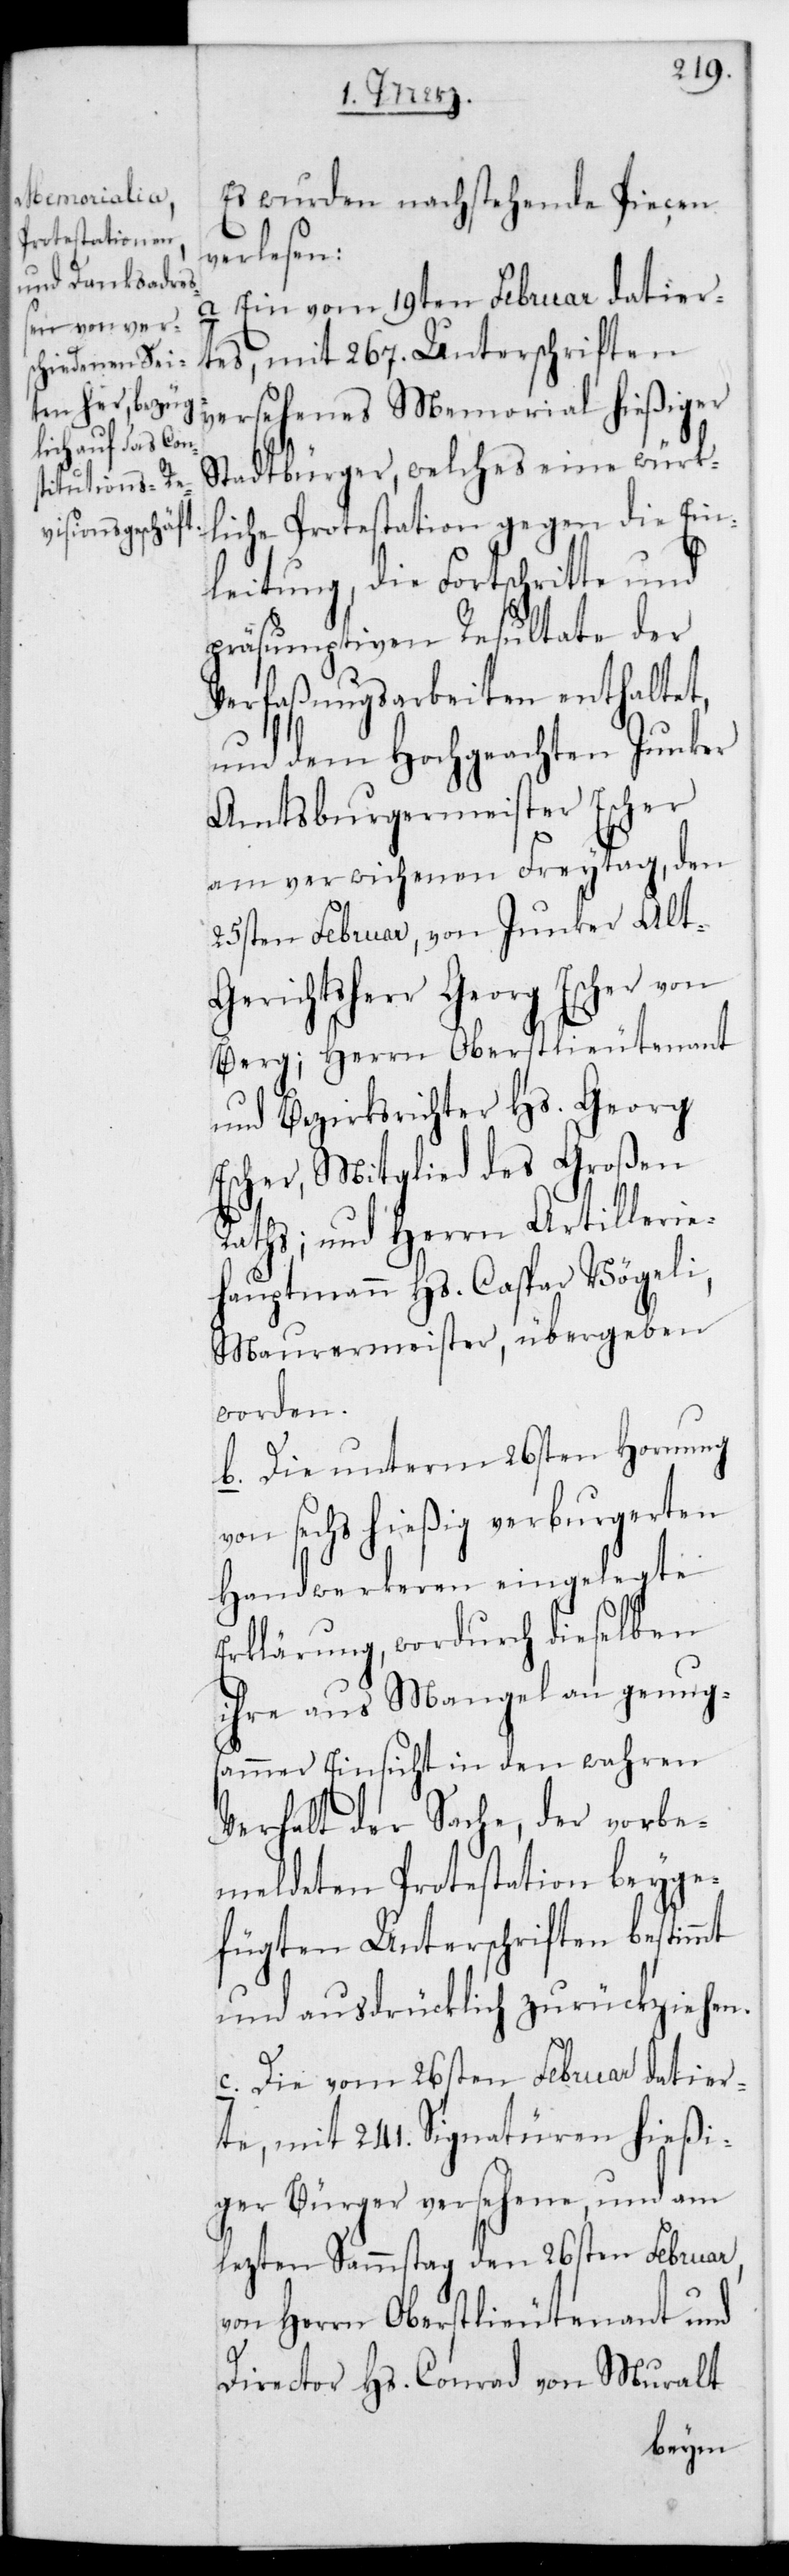
Es wurden nachstehende Piecen
verlesen:
a. Ein vom 19ten Februar datier¬
tes, mit 267. Unterschrifte¬
n versehenes Memorial hießiger
Stadtbürger, welches eine würk¬
liche Protestation gegen die Ein¬
leitung, die Fortschritte und
präsumtiven Resultate der
Verfaßungsarbeiten enthaltet,
und dem Hochgeachten Junker
Amtsburgermeister Escher
am verwichenen Freytag, den
25sten Februar, von Junker alt
Gerichtsherr Georg Escher von
Berg; Herrn Oberstlieutenant
und Bezirksrichter Hs. Georg
Escher, Mitglied des Großen
Raths; und Herrn Artillerie¬
hauptmann Hs. Caspar Vögeli,
Maurermeister, übergeben
worden.
b. Die unterm 26sten Hornung
von sechs hießig verburgereten
Handwerkeren eingelegte
Erklärung, wordurch dieselben
ihre aus Mangel an genug¬
samer Einsicht in den wahren
Verhalt der Sache, der vorbe¬
meldeten Protestation beyge¬
fügten Unterschriften bestimmt
und ausdrücklich zurückziehen.
c. Die vom 26sten Februar datier¬
te, mit 241. Signaturen hießi¬
ger Bürger versehene und am
lezten Sammstag den 26sten Februar,
von Herrn Oberstlieutenant und
Director Hs. Conrad von Muralt